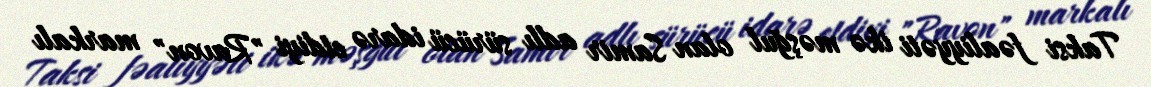
Taksi fəaliyyəti ikə məşğul olan Samir adlı sürücü idarə etdiyi "Ravon" markalı